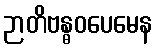
ဉာတိဗန္ဓဝပေမေန